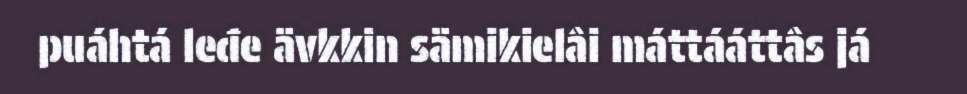
puáhtá leđe ävkkin sämikielâi máttááttâs já